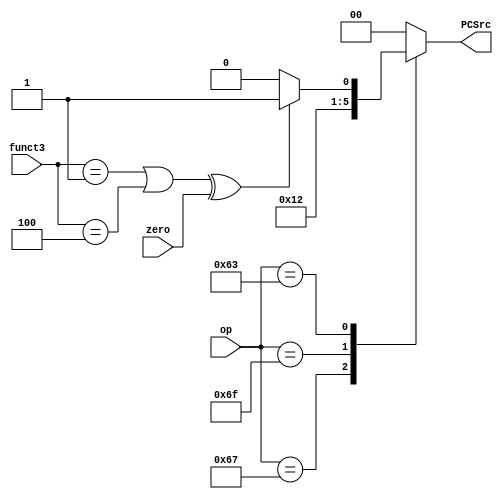
`define R_T 7'b0110011
`define I_T 7'b0010011
`define LW_T 7'b0000011
`define JALR_T 7'b1100111
`define S_T 7'b0100011
`define B_T 7'b1100011
`define J_T 7'b1101111
`define U_T 7'b0110111


`define BEQ 3'b000
`define BNE 3'b001
`define BLT 3'b100
`define BGE 3'b101


module pc_src_decoder(op, funct3, zero, PCSrc);
	
	input [6:0] op;
	input [2:0] funct3;
	input zero;
	output reg [1:0] PCSrc;
	
	always @(op, funct3, zero) begin
		case (op)
			`JALR_T: PCSrc = 2'b10;
			`J_T: PCSrc = 2'b01;
			`B_T: PCSrc = ((funct3 == `BNE | funct3 == `BLT) ^ zero) ? 2'b01 : 2'b00;
			default: PCSrc = 2'b00;
		endcase
	end
	
endmodule